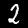
Digit: 2